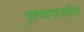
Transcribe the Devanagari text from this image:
पृष्टभागावरील